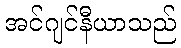
အင်ဂျင်နီယာသည်